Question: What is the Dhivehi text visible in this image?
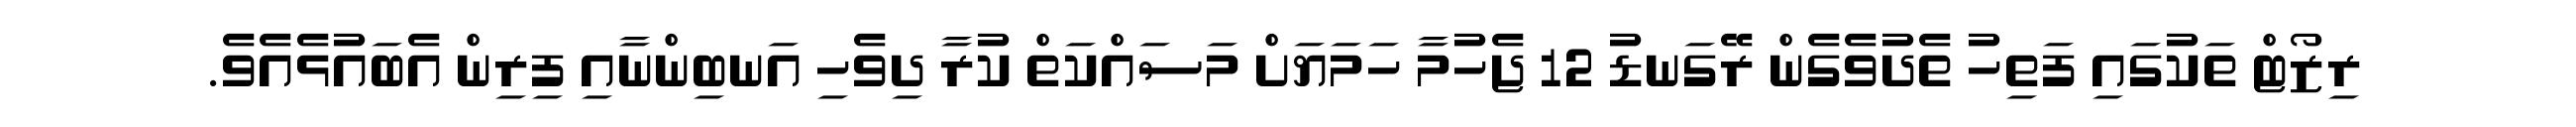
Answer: ރިޒޯޓް ތަކުގައި ފަތިހު ތެދުވެގެން ރޭގަނޑު 12 ޖެހުމާ ހަމަޔަށް މަސައްކަތް ކުރާ ދިވެހި އަނބިންނާއި ފިރިން އެބައުޅެއެވެ.